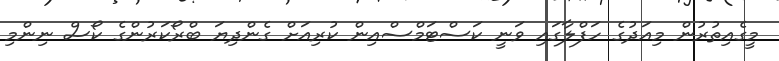
މީގެއިތުރުން މިއަދުގެ ހަފްލާގައި ވަނީ ކަސްޓަމްސްއިން ކުރިއަށް ގެންދިޔަ ބްރޯކަރުންގެ ކޯސް ނިންމި